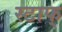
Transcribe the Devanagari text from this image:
स्टाफ्